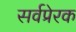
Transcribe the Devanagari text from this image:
सर्वप्रेरक